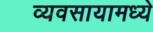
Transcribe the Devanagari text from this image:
व्यवसायामध्ये